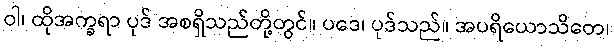
ဝါ၊ ထိုအက္ခရာ ပုဒ် အစရှိသည်တို့တွင်။ ပဒေ၊ ပုဒ်သည်။ အပရိယောသိတေ၊